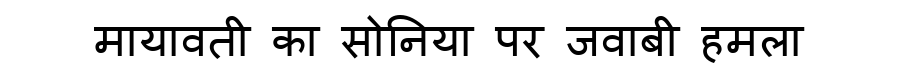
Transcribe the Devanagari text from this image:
मायावती का सोनिया पर जवाबी हमला